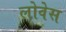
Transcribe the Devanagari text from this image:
लोवेस